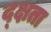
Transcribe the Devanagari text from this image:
द्क्षता